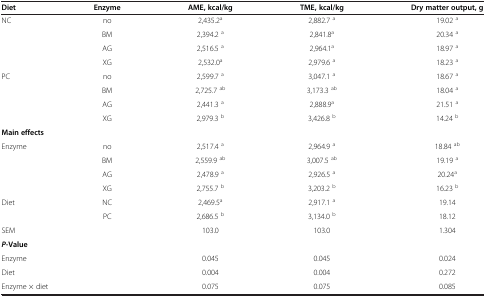
<table><thead><tr><td><b>Diet</b></td><td><b>Enzyme</b></td><td><b>AME, kcal/kg</b></td><td><b>TME, kcal/kg</b></td><td><b>Dry matter output, g</b></td></tr></thead><tbody><tr><td>NC</td><td>no</td><td>2,435.2<sup>a</sup></td><td>2,882.7 <sup>a</sup></td><td>19.02 <sup>a</sup></td></tr><tr><td> </td><td>BM</td><td>2,394.2 <sup>a</sup></td><td>2,841.8<sup>a</sup></td><td>20.34 <sup>a</sup></td></tr><tr><td> </td><td>AG</td><td>2,516.5 <sup>a</sup></td><td>2,964.1<sup>a</sup></td><td>18.97 <sup>a</sup></td></tr><tr><td> </td><td>XG</td><td>2,532.0<sup>a</sup></td><td>2,979.6 <sup>a</sup></td><td>18.23 <sup>a</sup></td></tr><tr><td>PC</td><td>no</td><td>2,599.7 <sup>a</sup></td><td>3,047.1 <sup>a</sup></td><td>18.67 <sup>a</sup></td></tr><tr><td> </td><td>BM</td><td>2,725.7 <sup>ab</sup></td><td>3,173.3 <sup>ab</sup></td><td>18.04 <sup>a</sup></td></tr><tr><td> </td><td>AG</td><td>2,441.3 <sup>a</sup></td><td>2,888.9<sup>a</sup></td><td>21.51 <sup>a</sup></td></tr><tr><td> </td><td>XG</td><td>2,979.3 <sup>b</sup></td><td>3,426.8 <sup>b</sup></td><td>14.24 <sup>b</sup></td></tr><tr><td colspan="2"><b>Main effects</b></td><td> </td><td> </td><td> </td></tr><tr><td>Enzyme</td><td>no</td><td>2,517.4 <sup>a</sup></td><td>2,964.9 <sup>a</sup></td><td>18.84 <sup>ab</sup></td></tr><tr><td> </td><td>BM</td><td>2,559.9 <sup>ab</sup></td><td>3,007.5 <sup>ab</sup></td><td>19.19 <sup>a</sup></td></tr><tr><td> </td><td>AG</td><td>2,478.9 <sup>a</sup></td><td>2,926.5 <sup>a</sup></td><td>20.24<sup>a</sup></td></tr><tr><td> </td><td>XG</td><td>2,755.7 <sup>b</sup></td><td>3,203.2 <sup>b</sup></td><td>16.23 <sup>b</sup></td></tr><tr><td>Diet</td><td>NC</td><td>2,469.5<sup>a</sup></td><td>2,917.1 <sup>a</sup></td><td>19.14</td></tr><tr><td> </td><td>PC</td><td>2,686.5 <sup>b</sup></td><td>3,134.0 <sup>b</sup></td><td>18.12</td></tr><tr><td colspan="2">SEM</td><td>103.0</td><td>103.0</td><td>1.304</td></tr><tr><td colspan="2"><b><i>P</i></b><b>-Value</b></td><td> </td><td> </td><td> </td></tr><tr><td colspan="2">Enzyme</td><td>0.045</td><td>0.045</td><td>0.024</td></tr><tr><td colspan="2">Diet</td><td>0.004</td><td>0.004</td><td>0.272</td></tr><tr><td colspan="2">Enzyme × diet</td><td>0.075</td><td>0.075</td><td>0.085</td></tr></tbody></table>